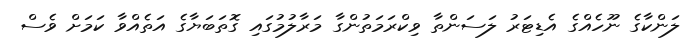
ލަންކާގެ ނޫހެއްގެ އެޑިޓަރު ލަސަންތާ ވިކްރަމަތުންގާ މަރާލުމުގައި ގޮތަބަޔާގެ އަތެއްވާ ކަމަށް ވެސް